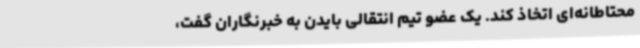
محتاطانه‌ای اتخاذ کند. یک عضو تیم انتقالی بایدن به خبرنگاران گفت،